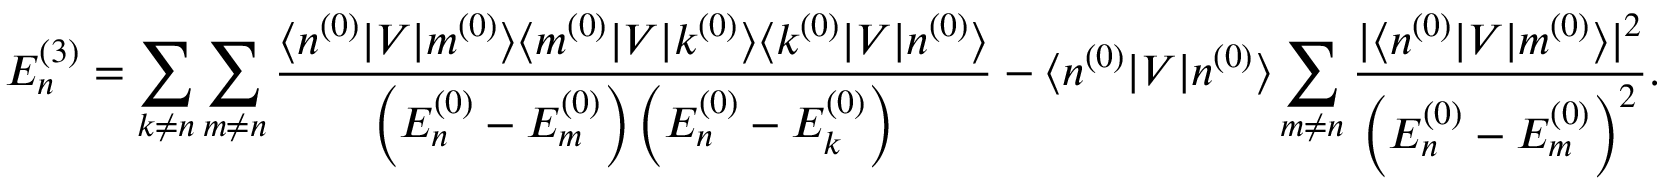
E _ { n } ^ { ( 3 ) } = \sum _ { k \neq n } \sum _ { m \neq n } { \frac { \langle n ^ { ( 0 ) } | V | m ^ { ( 0 ) } \rangle \langle m ^ { ( 0 ) } | V | k ^ { ( 0 ) } \rangle \langle k ^ { ( 0 ) } | V | n ^ { ( 0 ) } \rangle } { \left( E _ { n } ^ { ( 0 ) } - E _ { m } ^ { ( 0 ) } \right) \left( E _ { n } ^ { ( 0 ) } - E _ { k } ^ { ( 0 ) } \right) } } - \langle n ^ { ( 0 ) } | V | n ^ { ( 0 ) } \rangle \sum _ { m \neq n } { \frac { | \langle n ^ { ( 0 ) } | V | m ^ { ( 0 ) } \rangle | ^ { 2 } } { \left( E _ { n } ^ { ( 0 ) } - E _ { m } ^ { ( 0 ) } \right) ^ { 2 } } } .